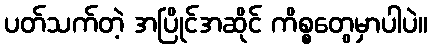
ပတ်သက်တဲ့ အပြိုင်အဆိုင် ကိစ္စတွေမှာပါပဲ။